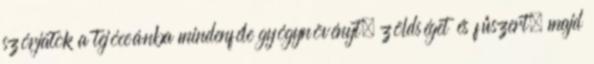
szórjatok a tejóceánba mindenféle gyógynövényt, zöldséget és fűszert, majd